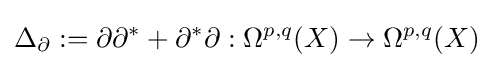
\Delta _{\partial }:=\partial \partial ^{*}+\partial ^{*}\partial :\Omega ^{p,q}(X)\to \Omega ^{p,q}(X)